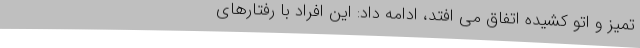
تمیز و اتو کشیده اتفاق می افتد، ادامه داد: این افراد با رفتارهای